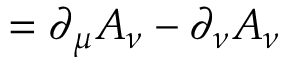
= \partial _ { \mu } A _ { \nu } - \partial _ { \nu } A _ { \nu }